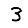
Digit: 3